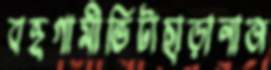
বহুগামীভিটাছাড়ানাজ